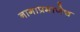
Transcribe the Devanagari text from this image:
नागाप्रमाणेच